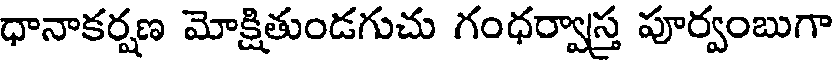
ధానాకర్షణ మోక్షితుండగుచు గంధర్వాస్ర పూర్వంబుగా